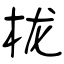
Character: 栊